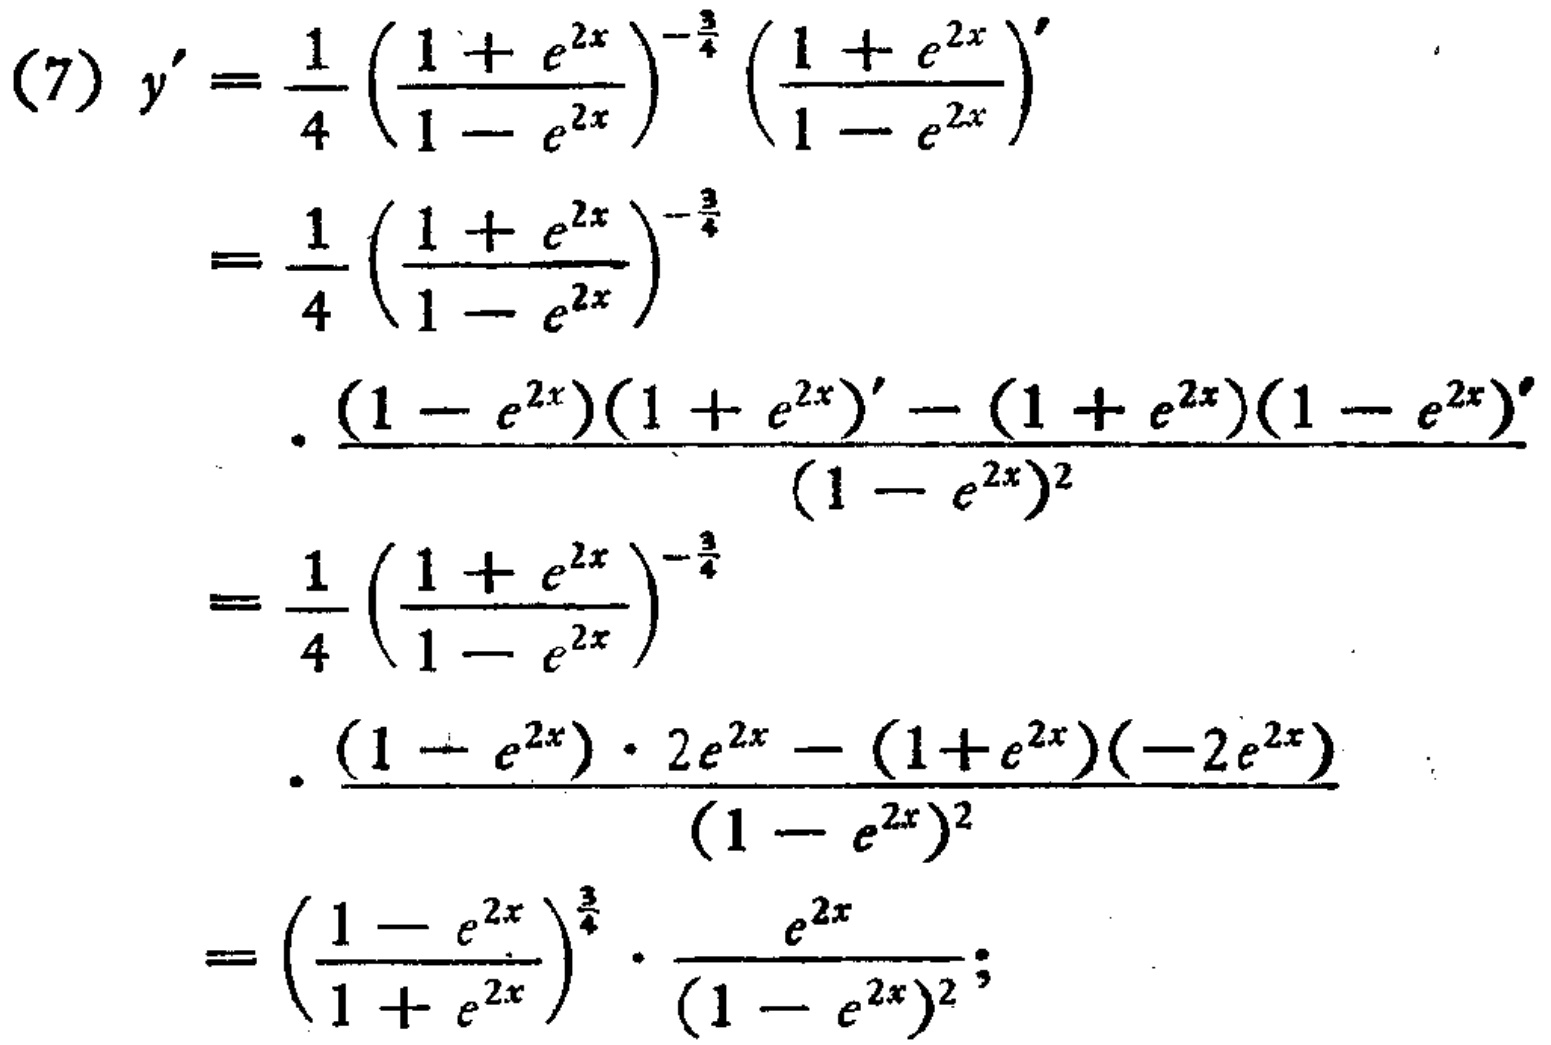
\begin{align*}
(7)y'&=\frac{1}{4}\left(\frac{1 + e^{2x}}{1 - e^{2x}}\right)^{-\frac{3}{4}}\left(\frac{1 + e^{2x}}{1 - e^{2x}}\right)'\\
&=\frac{1}{4}\left(\frac{1 + e^{2x}}{1 - e^{2x}}\right)^{-\frac{3}{4}}\\
&\cdot\frac{(1 - e^{2x})(1 + e^{2x})' - (1 + e^{2x})(1 - e^{2x})'}{(1 - e^{2x})^2}\\
&=\frac{1}{4}\left(\frac{1 + e^{2x}}{1 - e^{2x}}\right)^{-\frac{3}{4}}\\
&\cdot\frac{(1 - e^{2x})\cdot2e^{2x} - (1 + e^{2x})(-2e^{2x})}{(1 - e^{2x})^2}\\
&=\left(\frac{1 - e^{2x}}{1 + e^{2x}}\right)^{\frac{3}{4}}\cdot\frac{e^{2x}}{(1 - e^{2x})^2};
\end{align*}